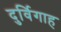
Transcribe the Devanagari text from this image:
दुर्विगाह